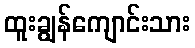
ထူးချွန်ကျောင်းသား